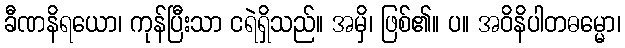
ခီဏနိရယော၊ ကုန်ပြီးသာ ငရဲရှိသည်။ အမှိ၊ ဖြစ်၏။ ပ။ အဝိနိပါတဓမ္မော၊